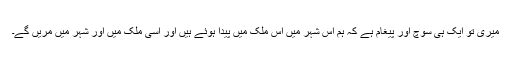
میری تو ایک ہی سوچ اور پیغام ہے کہ ہم اس شہر میں اس ملک میں پیدا ہوئے ہیں اور اسی ملک میں اور شہر میں مریں گے۔